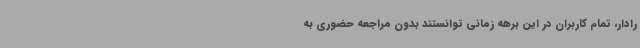
رادار، تمام کاربران در این برهه زمانی توانستند بدون مراجعه حضوری به